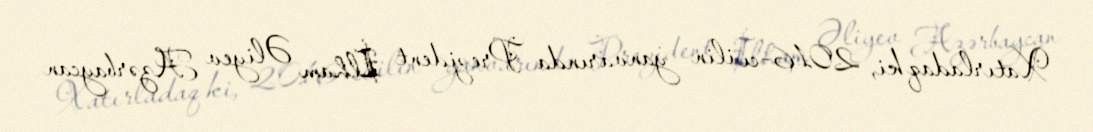
Xatırladaq ki, 2016-cı ilin yanvarında Prezident İlham Əliyev Azərbaycan